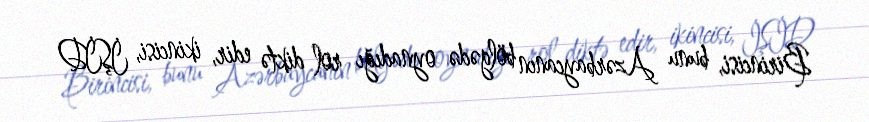
Birincisi, bunu Azərbaycanın bölgədə oynadığı rol diktə edir, ikincisi, İŞİD